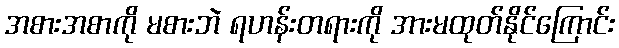
အစားအစာကို မစားဘဲ ရဟန်းတရားကို အားမထုတ်နိုင်ကြောင်း